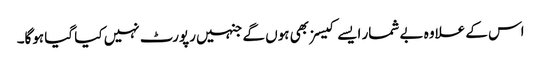
اس کے علاوہ بے شمار ایسے کیسز بھی ہوں گے جنہیں رپورٹ نہیں کیا گیا ہوگا۔